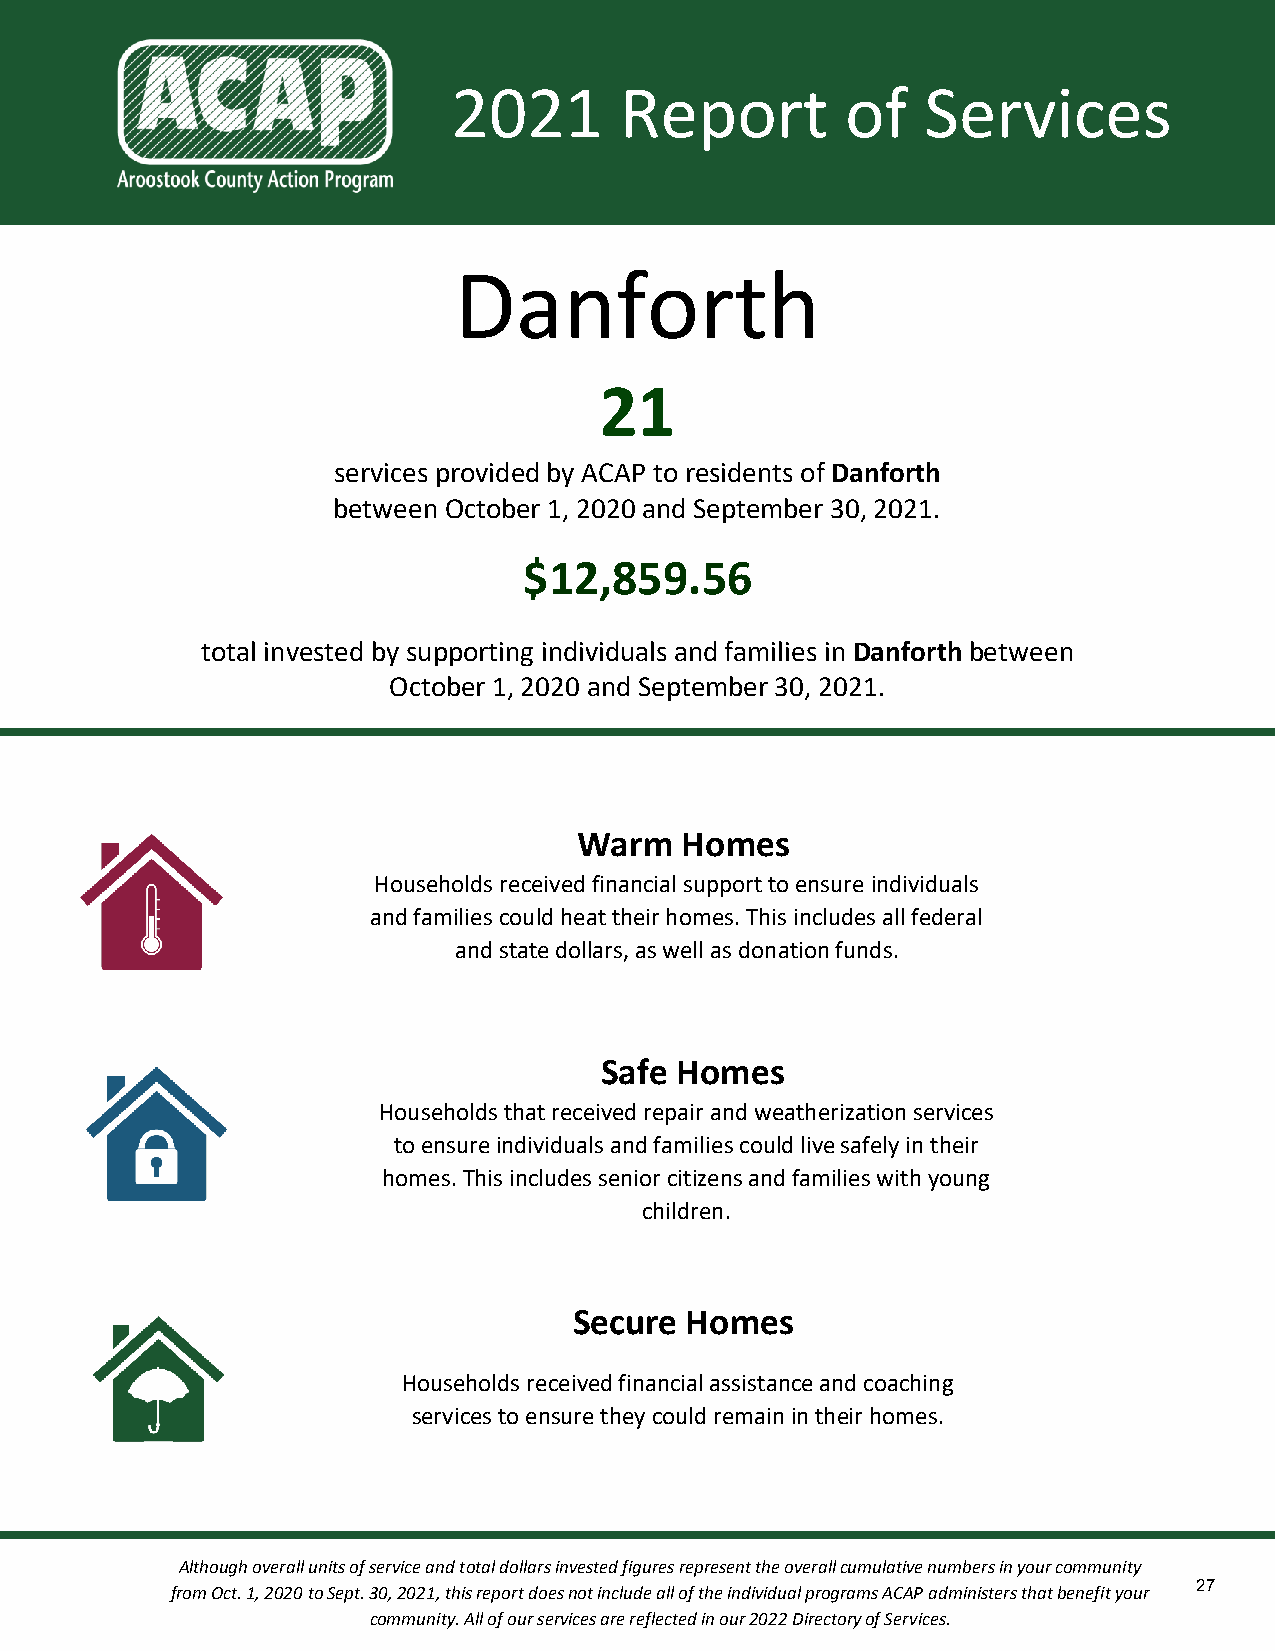
2021       Report         of   Services
 Danforth
 21
 services provided by ACAP to residents of Danforth
 between October 1, 2020 and September 30, 2021.
 $12,859.56
 total invested by supporting individuals and families in Danforth between
 October 1, 2020 and September 30, 2021.
 Warm   Homes
 Households received financial support to ensure individuals
 and families could heat their homes. This includes all federal
 and state dollars, as well as donation funds.
 Safe Homes
 Households that received repair and weatherization services
 to ensure individuals and families could live safely in their
 homes. This includes senior citizens and families with young
 children.
 Secure Homes
 Households received financial assistance and coaching
 services to ensure they could remain in their homes.
 Although overall units of service and total dollars invested figures represent the overall cumulative numbers in your community
 27
 from Oct. 1, 2020 to Sept. 30, 2021, this report does not include all of the individual programs ACAP administers that benefit your
 community. All of our services are reflected in our 2022 Directory of Services.